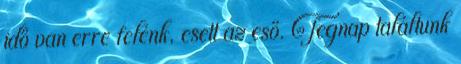
idő van erre felénk, esett az eső. Tegnap találtunk